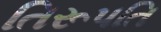
તિરૂપતિ